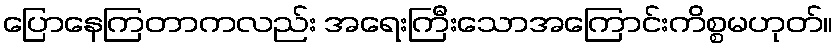
ပြောနေကြတာကလည်း အရေးကြီးသောအကြောင်းကိစ္စမဟုတ်။